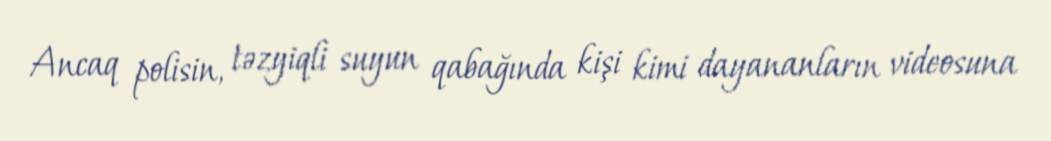
Ancaq polisin, təzyiqli suyun qabağında kişi kimi dayananların videosuna